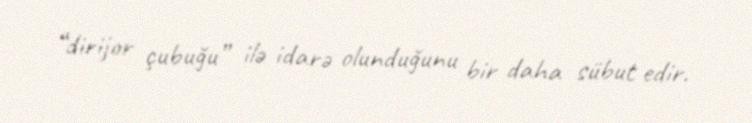
“dirijor çubuğu” ilə idarə olunduğunu bir daha sübut edir.